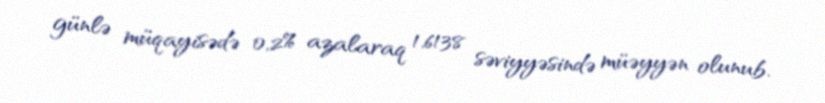
günlə müqayisədə 0,2% azalaraq 1,6138 səviyyəsində müəyyən olunub.